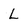
Character: L